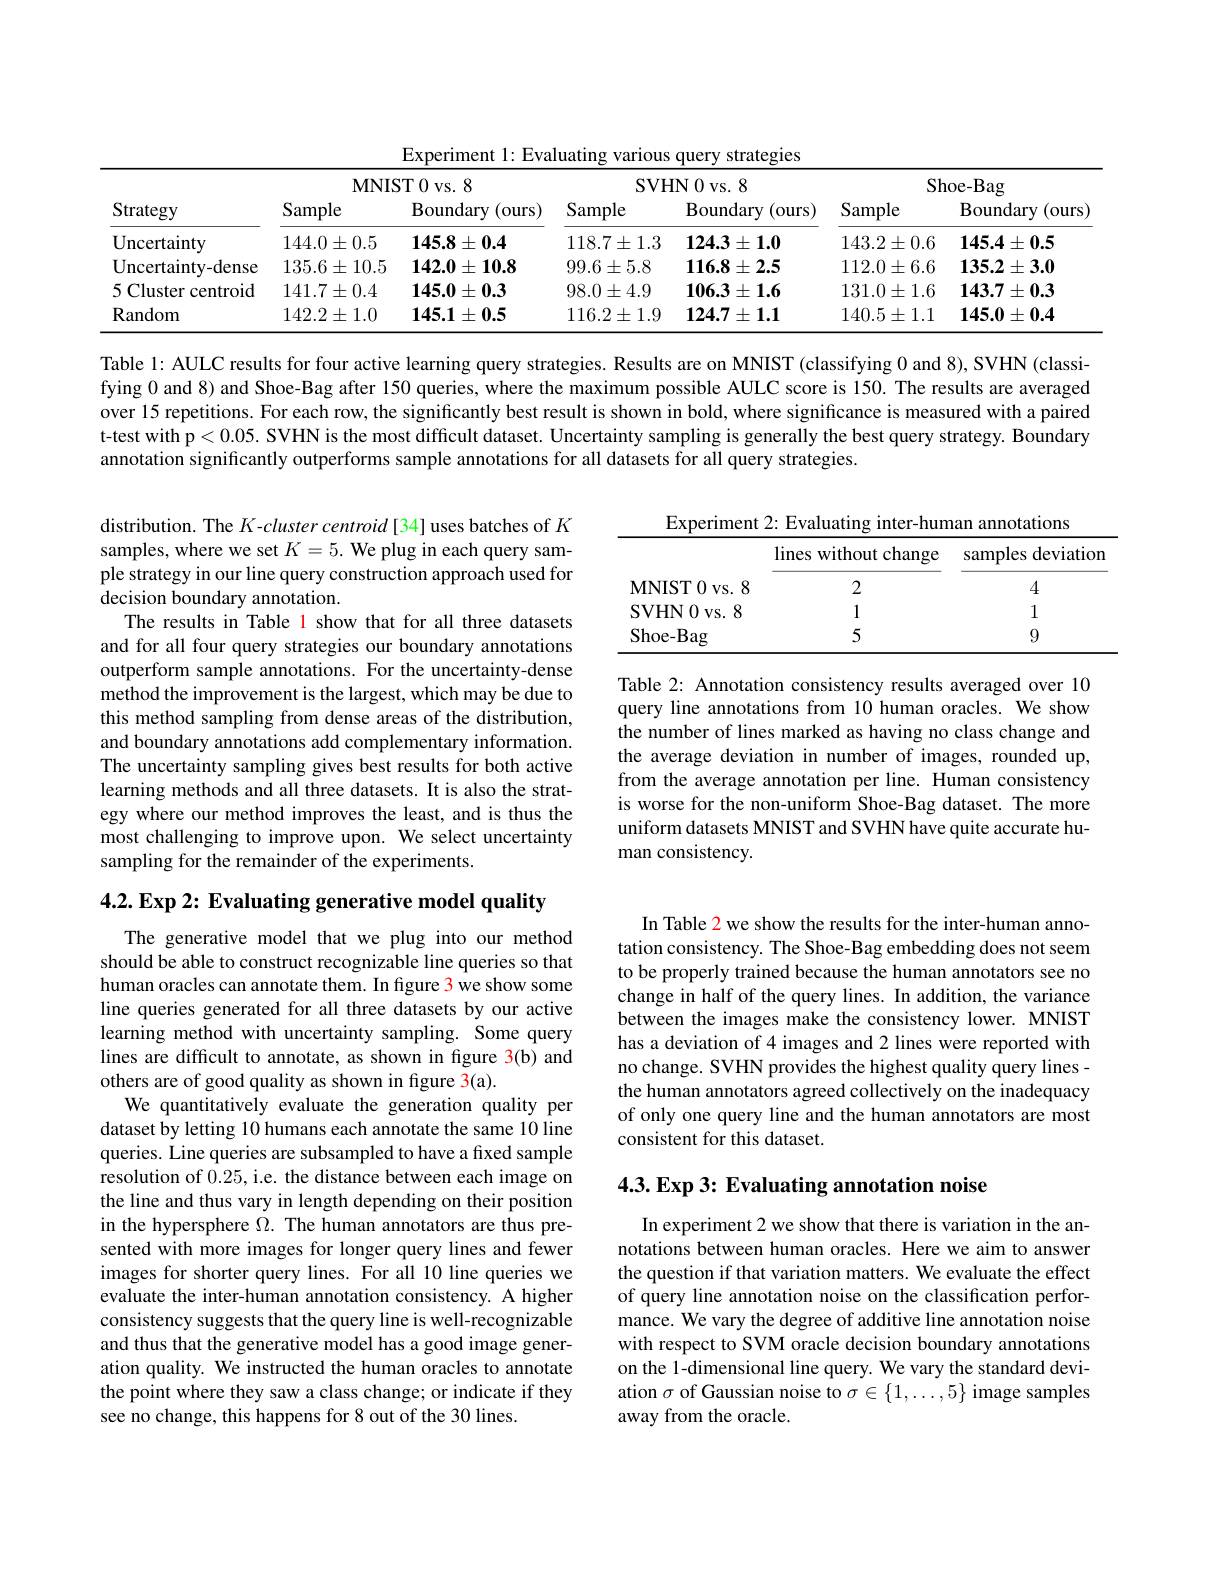
Experiment 1: Evaluating various query strategies

<table>
	<tbody>
		<tr>
			<th rowspan="2">Strategy</th>
			<th colspan="2">MNIST 0 vs. 8</th>
			<th colspan="2">SVHN 0 vs. 8</th>
			<th colspan="2">Shoe- Bag</th>
		</tr>
		<tr>
			<th>Sample</th>
			<th>${\mathrm{Boundary~(ours)}}$</th>
			<th>Sample</th>
			<th>Boundary ( ours) </th>
			<th>Sample</th>
			<th>Boundary (ours</th>
		</tr>
		<tr>
			<td>Uncertainty</td>
			<td>$144.0\pm0.5$</td>
			<td>$145.8\pm0.4$</td>
			<td>$118.7\pm1.3$</td>
			<td>$124.3\pm1.0$</td>
			<td>$143.2\pm0.6$</td>
			<td>$145.4\pm0.5$</td>
		</tr>
		<tr>
			<td>Uncertainty-dense</td>
			<td>$135.6\pm10.5$</td>
			<td>$142.0\pm10.8$</td>
			<td>$99.6\pm5.8$</td>
			<td>$116.8\pm2.5$</td>
			<td>$112.0\pm6.6$</td>
			<td>$135.2\pm3.0$</td>
		</tr>
		<tr>
			<td>5 Cluster centroid</td>
			<td>$141.7\pm0.4$</td>
			<td>$145.0\pm0.3$</td>
			<td>$98.0\pm4.9$</td>
			<td>$106.3\pm1.6$</td>
			<td>$131.0\pm1.6$</td>
			<td>$143.7\pm0.3$</td>
		</tr>
		<tr>
			<td>Random</td>
			<td>$142.2\pm1.0$</td>
			<td>$145.1\pm0.5$</td>
			<td>$116.2\pm1.9$</td>
			<td>$124.7\pm1.1$</td>
			<td>$140.5\pm1.1$</td>
			<td>$145.0\pm0.4$</td>
		</tr>
	</tbody>
</table>

Table l: AULC results for four active learning query strategies. Results are on MNIST (classifying 0 and 8), SVHN (classifying 0 and 8) and Shoe-Bag after 150 queries, where the maximum possible AULC score is 150. The results are averaged over 15 repetitions. For each row, the significantly best result is shown in bold, where significance is measured with a paired t-test with p<0.05. SVHN is the most difficult dataset. Uncertainty sampling is generally the best query strategy. Boundary annotation significantly outperforms sample annotations for all datasets for all query strategies.

Experiment 2: Evaluating inter-human annotations
<table>
	<tbody>
		<tr>
			<th> </th>
			<th>lines without change</th>
			<th>samples deviation</th>
		</tr>
		<tr>
			<td>$\mathbf{MNIST}$ $\Gamma0$ $VS.$</td>
			<td>2</td>
			<td>4</td>
		</tr>
		<tr>
			<td>$\operatorname{SVHN}0$ $VS.8$</td>
			<td>1</td>
			<td>1</td>
		</tr>
		<tr>
			<td>Shoe- Bag</td>
			<td>5</td>
			<td>9</td>
		</tr>
	</tbody>
</table>

distribution. The $K$-cluster centroid[34] uses batches of $K$ samples, where we set $K=5.$ We plug in each query sample strategy in our line query construction approach used for decision boundary annotation.
The results in Table 1 show that for all three datasets and for all four query strategies our boundary annotations outperform sample annotations. For the uncertainty-dense $\hat{\text{method the improvement is the largest, which may be due to}}$ this method sampling from dense areas of the distribution, and boundary annotations add complementary information. The uncertainty sampling gives best results for both active learning methods and all three datasets. It is also the strategy where our method improves the least, and is thus the most challenging to improve upon. We select uncertainty sampling for the remainder of the experiments.

Table 2: Annotation consistency results averaged over 10 query line annotations from 10 human oracles. We show the number of lines marked as having no class change and the average deviation in number of images, rounded up, from the average annotation per line. Human consistency is worse for the non-uniform Shoe-Bag dataset. The more uniform datasets MNIST and SVHN have quite accurate human consistency.

4.2. Exp 2: Evaluating generative model quality

In Table 2 we show the results for the inter-human annotation consistency. The Shoe-Bag embedding does not seem to be properly trained because the human annotators see no change in half of the query lines. In addition, the variance between the images make the consistency lower. MNIST has a deviation of 4 images and 2 lines were reported with no change. SVHN provides the highest quality query linesthe human annotators agreed collectively on the inadequacy of only one query line and the human annotators are most consistent for this dataset.

The generative model that we plug into our method should be able to construct recognizable line queries so that human oracles can annotate them. In figure 3 we show some line queries generated for all three datasets by our active learning method with uncertainty sampling. Some query lines are difficult to annotate, as shown in figure 3(b) and others are of good quality as shown in figure 3(a).
We quantitatively evaluate the generation quality per dataset by letting 10 humans each annotate the same 10 line queries. Line queries are subsampled to have a fixed sample resolution of 0.25, i.e. the distance between each image on the line and thus vary in length depending on their position in the hypersphere $\Omega.$ The human annotators are thus presented with more images for longer query lines and fewer images for shorter query lines. For all 10 line queries we evaluate the inter-human annotation consistency. A higher consistency suggests that the query line is well-recognizable and thus that the generative model has a good image generation quality. We instructed the human oracles to annotate the point where they saw a class change; or indicate if they see no change, this happens for 8 out of the 30 lines.

## 4.3. Exp 3: Evaluating annotation noise

In experiment 2 we show that there is variation in the annotations between human oracles. Here we aim to answer the question if that variation matters. We evaluate the effect of query line annotation noise on the classification performance. We vary the degree of additive line annotation noise with respect to SVM oracle decision boundary annotations on the 1-dimensional line query. We vary the standard deviation $\sigma$ of Gaussian noise to $\sigma\in\{1,\ldots,5\}$ image samples away from the oracle.